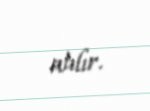
atılır.